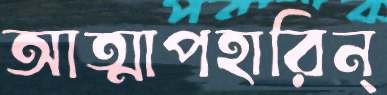
আত্মাপহারিন্